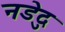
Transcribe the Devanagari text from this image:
नडेदु